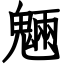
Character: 魎